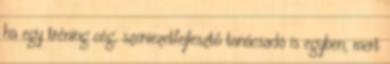
ha egy tréning cég, szervezetfejlesztő tanácsadó is egyben, mert